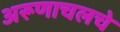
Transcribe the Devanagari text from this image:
अरूणाचलचे